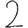
Digit: 2